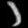
Digit: ၁